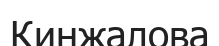
Кинжалова